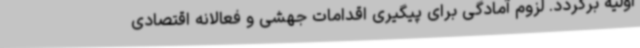
اولیه برگردد. لزوم آمادگی برای پیگیری اقدامات جهشی و فعالانه اقتصادی